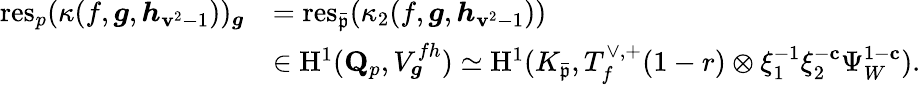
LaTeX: \begin{array}{rl}{\mathrm{res}_{p}(\kappa(f,{\boldsymbol{g}},{\boldsymbol{h}}_{\mathbf{v}^{2}-1}))_{\boldsymbol{g}}}&{=\mathrm{res}_{\bar{\mathfrak{p}}}(\kappa_{2}(f,{\boldsymbol{g}},{\boldsymbol{h}}_{\mathbf{v}^{2}-1}))}\\ &{\in{\mathrm{H}}^{1}(\mathbf{Q}_{p},V_{\boldsymbol{g}}^{fh})\simeq{\mathrm{H}}^{1}(K_{\bar{\mathfrak{p}}},T_{f}^{\vee,+}(1-r)\otimes\xi_{1}^{-1}\xi_{2}^{-\mathbf{c}}\Psi_{W}^{1-\mathbf{c}}).}\end{array}